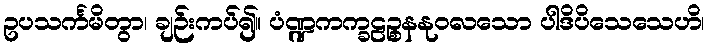
ဥပသင်္ကမိတွာ၊ ချဉ်းကပ်၍။ ပံဏ္ဍကက္ခဠဉ္စနနုဝလသော ပါဒိပိသေသေဟိ၊